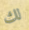
لك